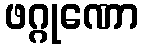
ဖဂ္ဂုဏော